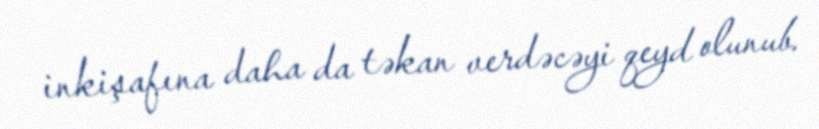
inkişafına daha da təkan verdəcəyi qeyd olunub.